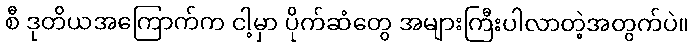
စီ ဒုတိယအကြောက်က ငါ့မှာ ပိုက်ဆံတွေ အများကြီးပါလာတဲ့အတွက်ပဲ။